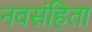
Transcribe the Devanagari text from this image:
नवसंहिता